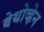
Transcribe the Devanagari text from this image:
बेथोव्हेन